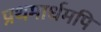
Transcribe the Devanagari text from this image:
प्रथमार्धमपि